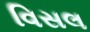
વિસલ